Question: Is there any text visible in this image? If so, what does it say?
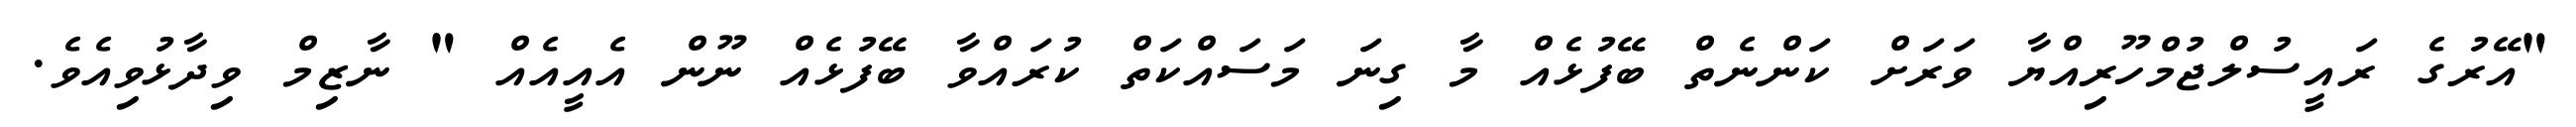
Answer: "އޭރުގެ ރައީސުލްޖުމްހޫރިއްޔާ ވަރަށް ކަންނެތް ބޭފުޅެއް މާ ގިނަ މަސައްކަތް ކުރައްވާ ބޭފުޅެއް ނޫން އެއީއެއް " ނާޒިމް ވިދާޅުވިއެވެ.